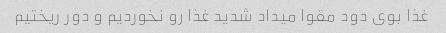
غذا بوی دود مقوا میداد شدید غذا رو نخوردیم و دور ریختیم